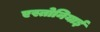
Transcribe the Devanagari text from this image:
एस्तोनियाई